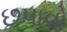
છપાવો